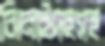
ঝিনাইদহসহ